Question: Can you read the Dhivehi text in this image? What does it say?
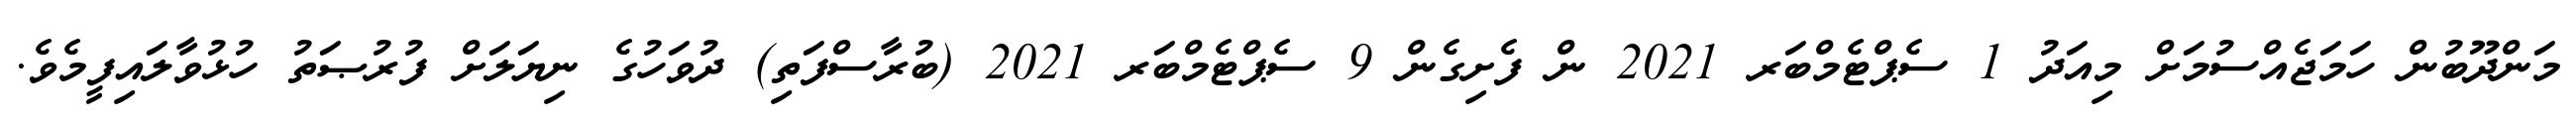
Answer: މަންދޫބުން ހަމަޖެއްސުމަށް މިއަދު 1 ސެޕްޓެމްބަރ 2021 ން ފެށިގެން 9 ސެޕްޓެމްބަރ 2021 (ބުރާސްފަތި) ދުވަހުގެ ނިޔަލަށް ފުރުޞަތު ހުޅުވާލައިފީމެވެ.